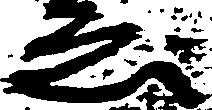
ゑ